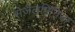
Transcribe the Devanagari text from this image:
सेज़ैलपिनिया